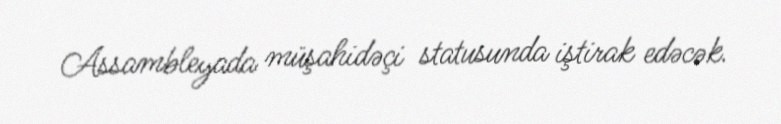
Assambleyada müşahidəçi statusunda iştirak edəcək.